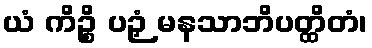
ယံ ကိဉ္စိ ပဉှံ မနသာဘိပတ္ထိတံ၊